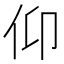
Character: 仰